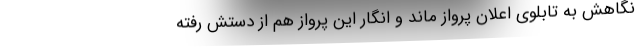
نگاهش به تابلوی اعلان پرواز ماند و انگار این پرواز هم از دستش رفته